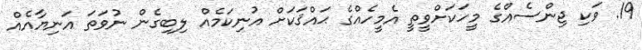
19. ވަކި ޖިންސެއްގެ މީހަކަށްވީތީ އެމީހެއްގެ ޙައްޤަކަށް އުނިކަމެއް ލިބިގެން ނުވަތަ އަނިޔާއެއް